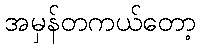
အမှန်တကယ်တော့